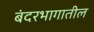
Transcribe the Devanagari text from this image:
बंदरभागातील